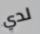
لدي